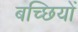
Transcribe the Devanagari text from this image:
बच्छियों